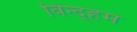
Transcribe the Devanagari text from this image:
विन्द्हम